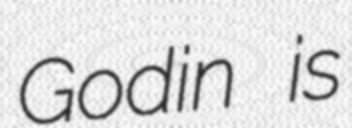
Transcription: Godin is